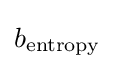
b_{\text{entropy}}